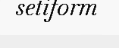
setiform